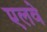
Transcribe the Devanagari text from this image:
एलवे